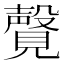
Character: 𫌤